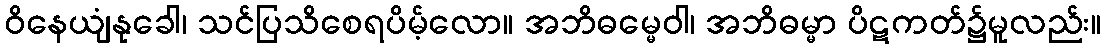
ဝိနေယျံနုခေါ၊ သင်ပြသိစေရပိမ့်လော။ အဘိဓမ္မေဝါ၊ အဘိဓမ္မာ ပိဋကတ်၌မူလည်း။